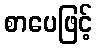
စာပေဖြင့်